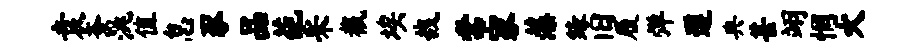
袁紊洮值怠豕品葩采截埃哉常冢藻缘旧履弹遵典甚翊惘火